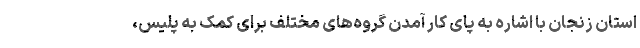
استان زنجان با اشاره به پای کار آمدن گروه‌های مختلف برای کمک به پلیس،